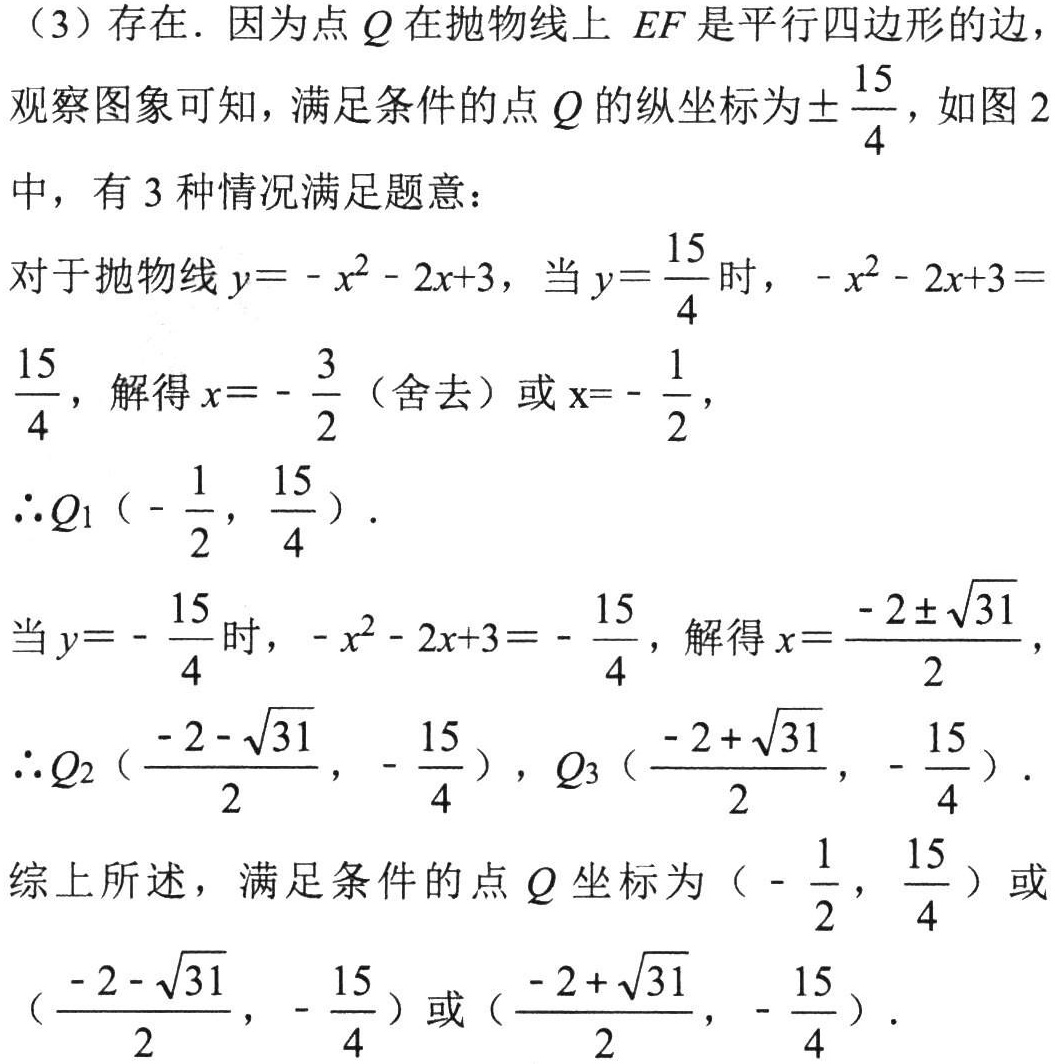
（3）存在．因为点 \(Q\) 在抛物线上 \(EF\) 是平行四边形的边，
观察图象可知，满足条件的点 \(Q\) 的纵坐标为\(\pm\frac{15}{4}\)，如图 2
中，有 3 种情况满足题意：
对于抛物线 \(y = -x^{2}-2x + 3\)，当 \(y=\frac{15}{4}\) 时，\(-x^{2}-2x + 3=\frac{15}{4}\)，解得 \(x = -\frac{3}{2}\)（舍去）或 \(x = -\frac{1}{2}\)，
\(\therefore Q_{1}(-\frac{1}{2},\frac{15}{4})\)．
当 \(y = -\frac{15}{4}\) 时，\(-x^{2}-2x + 3 = -\frac{15}{4}\)，解得 \(x=\frac{-2\pm\sqrt{31}}{2}\)，
\(\therefore Q_{2}(\frac{-2 - \sqrt{31}}{2},-\frac{15}{4})\)，\(Q_{3}(\frac{-2+\sqrt{31}}{2},-\frac{15}{4})\)．
综上所述，满足条件的点 \(Q\) 坐标为\((-\frac{1}{2},\frac{15}{4})\)或\((\frac{-2 - \sqrt{31}}{2},-\frac{15}{4})\)或\((\frac{-2+\sqrt{31}}{2},-\frac{15}{4})\)．